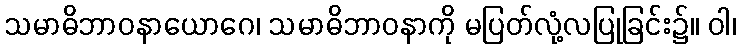
သမာဓိဘာဝနာယောဂေ၊ သမာဓိဘာဝနာကို မပြတ်လုံ့လပြုခြင်း၌။ ဝါ၊